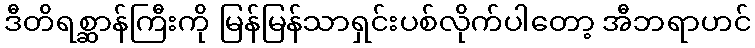
ဒီတိရစ္ဆာန်ကြီးကို မြန်မြန်သာရှင်းပစ်လိုက်ပါတော့ အီဘရာဟင်